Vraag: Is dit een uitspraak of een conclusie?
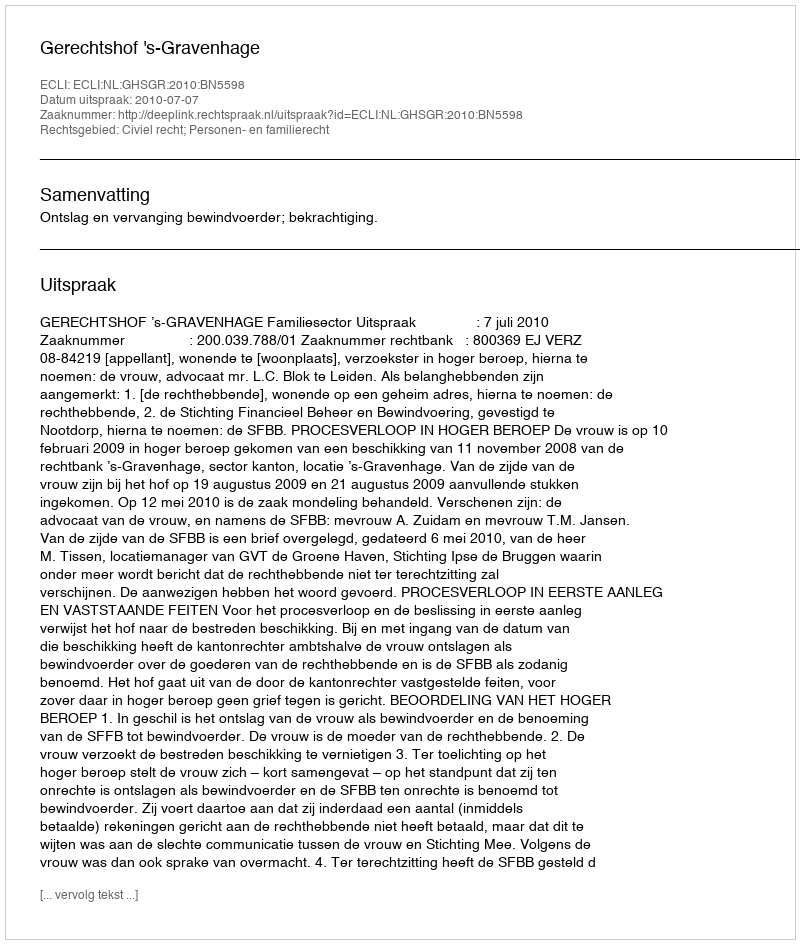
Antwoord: Uitspraak